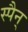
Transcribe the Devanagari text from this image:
स्पैन्